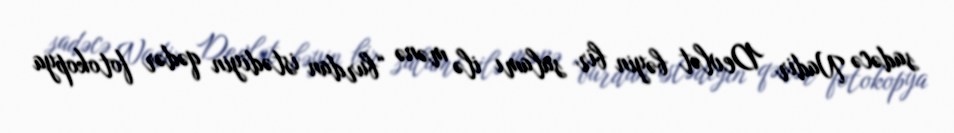
sadəcə Nadir Devlət bəyin bir salamı ilə mənə “burdan istədiyin qədər fotokopya